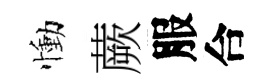
慟蕨服合